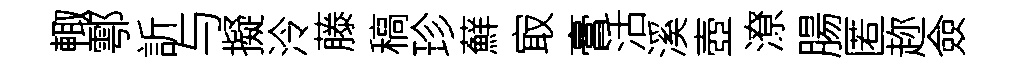
輙鄠訢与擬泠藤稿珍蘚㝡膏活溪壺潦腸匿趂僉